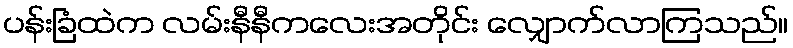
ပန်းခြံထဲက လမ်းနီနီကလေးအတိုင်း လျှောက်လာကြသည်။